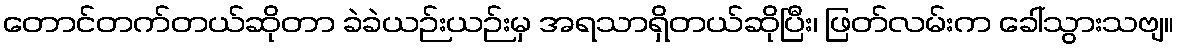
တောင်တက်တယ်ဆိုတာ ခဲခဲယဉ်းယဉ်းမှ အရသာရှိတယ်ဆိုပြီး၊ ဖြတ်လမ်းက ခေါ်သွားသဗျ။